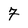
Character: 7